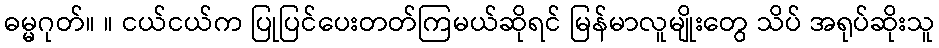
ဓမ္မဂုတ်။ ။ ငယ်ငယ်က ပြုပြင်ပေးတတ်ကြမယ်ဆိုရင် မြန်မာလူမျိုးတွေ သိပ် အရုပ်ဆိုးသူ